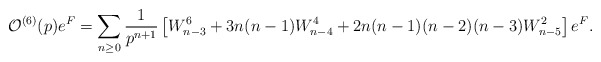
\begin{align*}{\cal O}^{(6)}(p)e^{F}=\sum_{n\geq 0}\frac{1}{p^{n+1}}\left[W_{n-3}^{6}+3n(n-1)W_{n-4}^{4} +2n(n-1)(n-2)(n-3)W_{n-5}^{2}\right]e^{F}.\end{align*}